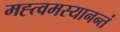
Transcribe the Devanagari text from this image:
मह्त्वमस्यानन्तं